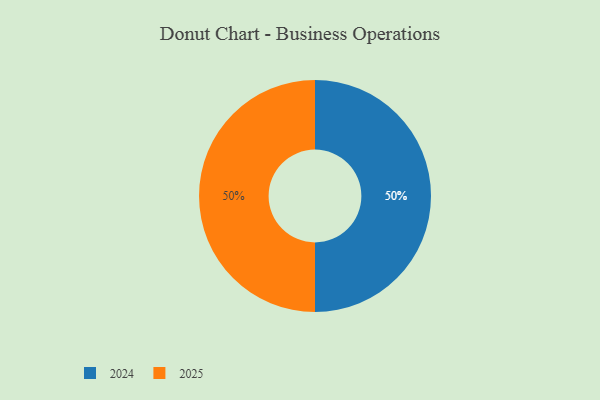
{"axis": {"x": "Category", "y": "Percentage"}, "legend": ["2024", "2025"], "data": [{"x": "2024", "y": 50, "type": "2024"}, {"x": "2025", "y": 50, "type": "2025"}]}